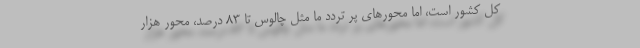
کل کشور است، اما محور‌های پر تردد ما مثل چالوس تا ۸۳ درصد، محور هزار